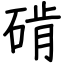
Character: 𬒔